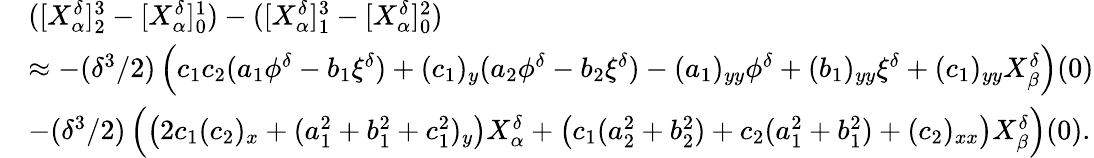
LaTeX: \begin{array}{rl}&{([X_{\alpha}^{\delta}]_{2}^{3}-[X_{\alpha}^{\delta}]_{0}^{1})-([X_{\alpha}^{\delta}]_{1}^{3}-[X_{\alpha}^{\delta}]_{0}^{2})}\\ &{\approx-(\delta^{3}/2)\left(c_{1}c_{2}(a_{1}\phi^{\delta}-b_{1}\xi^{\delta})+(c_{1})_{y}(a_{2}\phi^{\delta}-b_{2}\xi^{\delta})-(a_{1})_{yy}\phi^{\delta}+(b_{1})_{yy}\xi^{\delta}+(c_{1})_{yy}X_{\beta}^{\delta}\right)(0)}\\ &{-(\delta^{3}/2)\left(\left(2c_{1}(c_{2})_{x}+(a_{1}^{2}+b_{1}^{2}+c_{1}^{2})_{y}\right)X_{\alpha}^{\delta}+\left(c_{1}(a_{2}^{2}+b_{2}^{2})+c_{2}(a_{1}^{2}+b_{1}^{2})+(c_{2})_{xx}\right)X_{\beta}^{\delta}\right)(0).}\end{array}